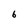
Character: 6